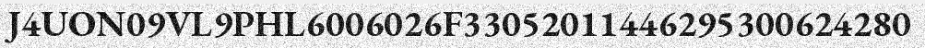
J4UON09VL9PHL6006026F33052011446295300624280